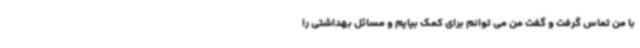
با من تماس گرفت و گفت من می توانم برای کمک بیایم و مسائل بهداشتی را